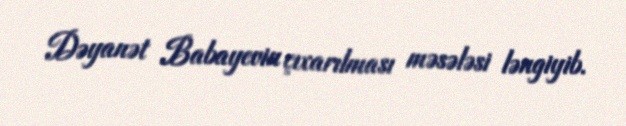
Dəyanət Babayevin çıxarılması məsələsi ləngiyib.